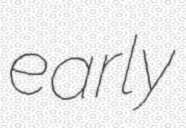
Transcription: early